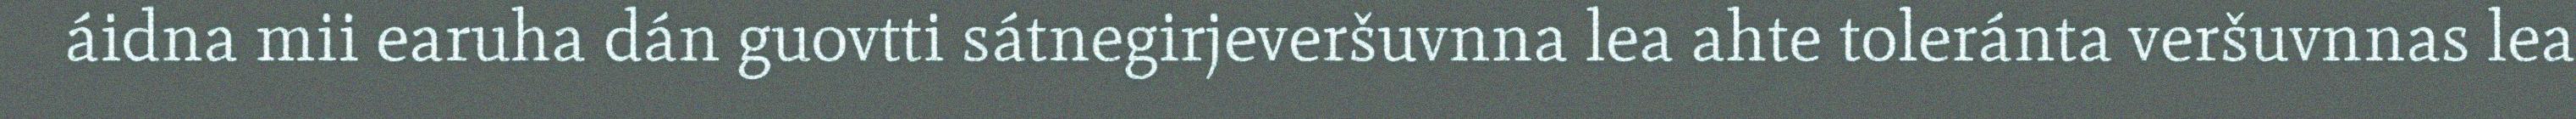
áidna mii earuha dán guovtti sátnegirjeveršuvnna lea ahte toleránta veršuvnnas lea